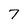
Character: 7